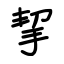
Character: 挈